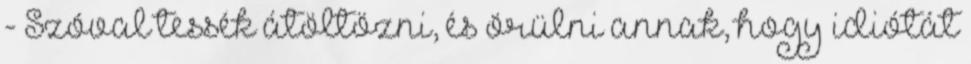
- Szóval tessék átöltözni, és örülni annak, hogy idiótát